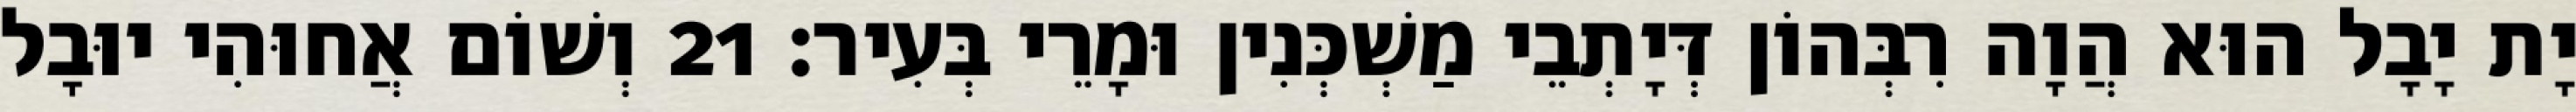
יָת יָבָל הוּא הֲוָה רִבְּהוֹן דְּיָתְבֵי מַשְׁכְּנִין וּמָרֵי בְּעִיר׃ 21 וְשׁוֹם אֲחוּהִי יוּבָל